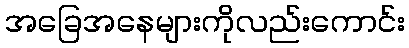
အခြေအနေများကိုလည်းကောင်း